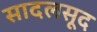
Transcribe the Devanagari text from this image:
सादलसूद